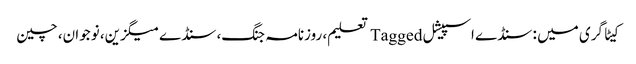
کیٹاگری میں : سنڈے اسپیشل Tagged تعلیم، روزنامہ جنگ، سنڈے میگزین، نوجوان، چین